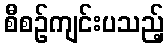
စီစဉ်ကျင်းပသည့်